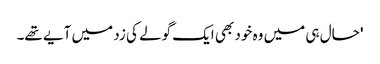
' حال ہی میں وہ خود بھی ایک گولے کی زد میں آیے تھے۔